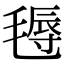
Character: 𣯋